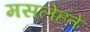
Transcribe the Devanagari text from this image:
मसलेहते